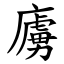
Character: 㢚